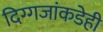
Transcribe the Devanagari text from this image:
दिग्गजांकडेही